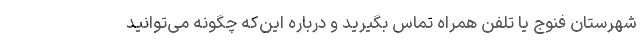
شهرستان فنوج یا تلفن همراه تماس بگیرید و درباره این‌که چگونه می‌توانید